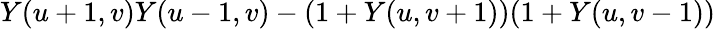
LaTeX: Y(u+1,v)Y(u-1,v)-(1+Y(u,v+1))(1+Y(u,v-1))